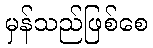
မှန်သည်ဖြစ်စေ